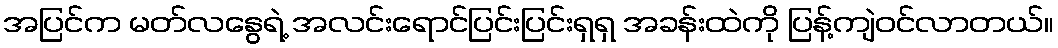
အပြင်က မတ်လနွေရဲ့ အလင်းရောင်ပြင်းပြင်းရှရှ အခန်းထဲကို ပြန့်ကျဲဝင်လာတယ်။